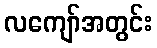
လကျော်အတွင်း